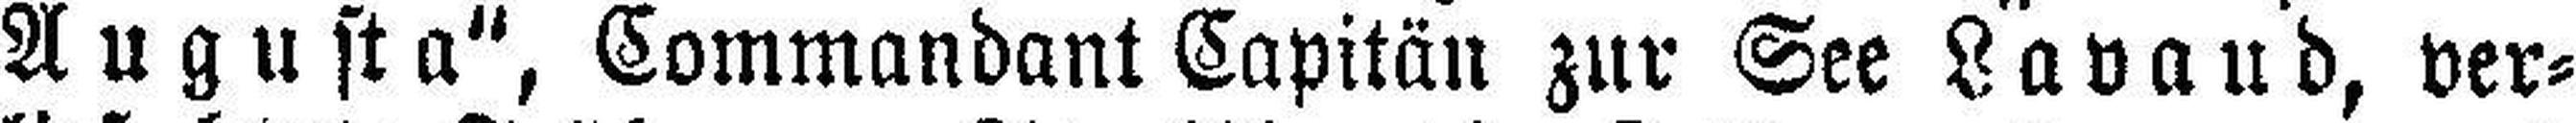
Augusta“, Commandant Capitän zur See Lavaud, ver¬